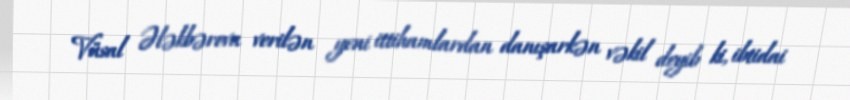
Vüsal Ələkbərova verilən yeni ittihamlardan danışarkən vəkil deyib ki, ibtidai